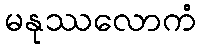
မနုဿလောကံ